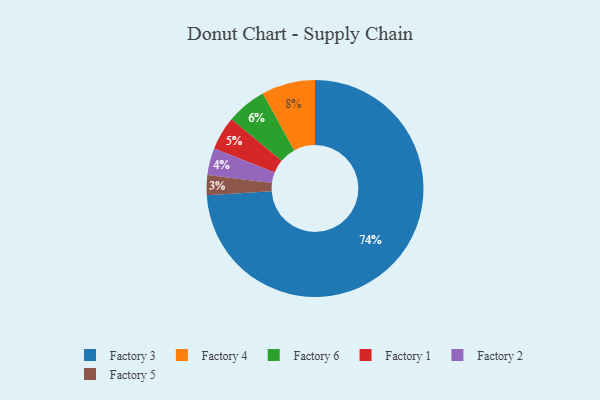
{"axis": {"x": "Category", "y": "Percentage"}, "legend": ["Factory 1", "Factory 2", "Factory 3", "Factory 4", "Factory 5", "Factory 6"], "data": [{"x": "Factory 3", "y": 74, "type": "Factory 3"}, {"x": "Factory 4", "y": 8, "type": "Factory 4"}, {"x": "Factory 1", "y": 5, "type": "Factory 1"}, {"x": "Factory 2", "y": 4, "type": "Factory 2"}, {"x": "Factory 5", "y": 3, "type": "Factory 5"}, {"x": "Factory 6", "y": 6, "type": "Factory 6"}]}